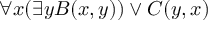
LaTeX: \forall x ( \exists y B ( x , y ) ) \vee C ( y , x )